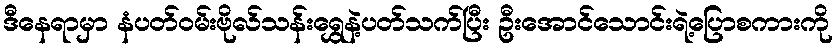
ဒီနေရာမှာ နံပတ်ဝမ်းဗိုလ်သန်းရွှေနဲ့ပတ်သက်ပြီး ဦးအောင်သောင်းရဲ့ပြောစကားကို